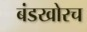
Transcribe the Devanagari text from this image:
बंडखोरच